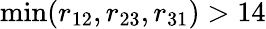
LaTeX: \operatorname*{min}(r_{12},r_{23},r_{31})>14